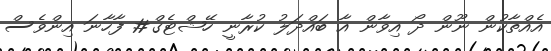
އެއްތާކުން ނޫން ދޯ އިވާން އާ ބައްދަލު ކުރާނީ ހޭޝްޓެގް# ފާހާނަ އިންވެސް